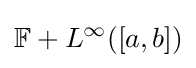
\mathbb {F} +L^{\infty }([a,b])